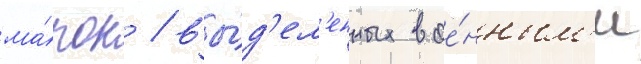
ма́рок / вы́д'ел'енных вое́нным'и